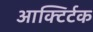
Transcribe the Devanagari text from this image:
आक्टिर्टक